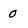
Character: 0